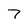
Character: 7